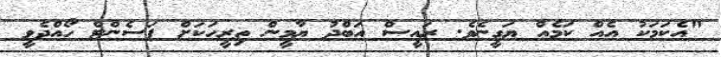
"އެކަމަކު އެއް ކަމެއް ޔަގީނެވެ. ރައީސް އަބްދު ޔާމީން ތިރީހަކަށް ޕަސެންޓް ހޯއްދެވީ